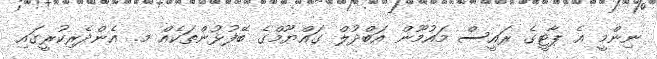
ނިންމީ އެ ޕާޓީގެ ރައީސް މައުމޫން އަބްދުލް ގައްޔޫމްގެ ބޭފުޅުންތަކެއް މ. އެންދެރިކުރީގައި